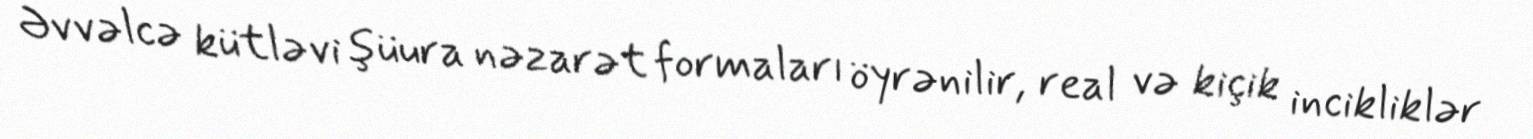
Əvvəlcə kütləvi şüura nəzarət formaları öyrənilir, real və kiçik incikliklər